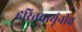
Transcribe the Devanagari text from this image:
हरितवायूंनीच